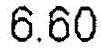
6.60